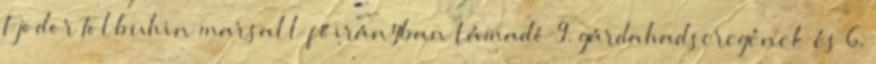
Fjodor Tolbuhin marsall főirányban támadó 9. gárdahadseregének és 6.